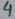
Text: 4